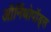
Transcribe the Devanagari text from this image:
ऑर्निथोपॉड्स